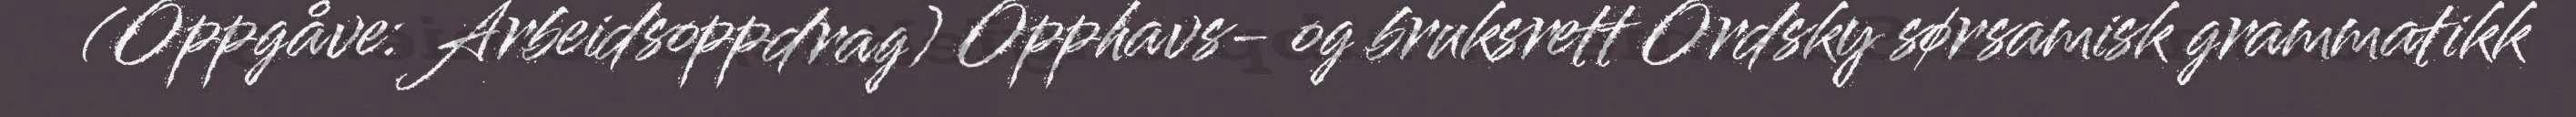
(Oppgåve: Arbeidsoppdrag) Opphavs- og bruksrett Ordsky sørsamisk grammatikk